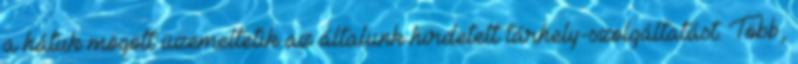
a hátuk mögött üzemeltetik az általunk hirdetett tárhely-szolgáltatást. Több,